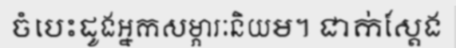
ចំបេះដូងអ្នកសម្ភារៈនិយម។ ជាក់ស្តែង